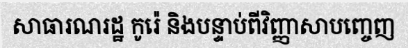
សាធារណរដ្ឋ កូរ៉េ និងបន្ទាប់ពីវិញ្ញាសាបញ្ចេញ